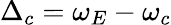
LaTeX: \Delta_{c}=\omega_{E}-\omega_{c}